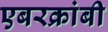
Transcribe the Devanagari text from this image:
एबरक्रांबी